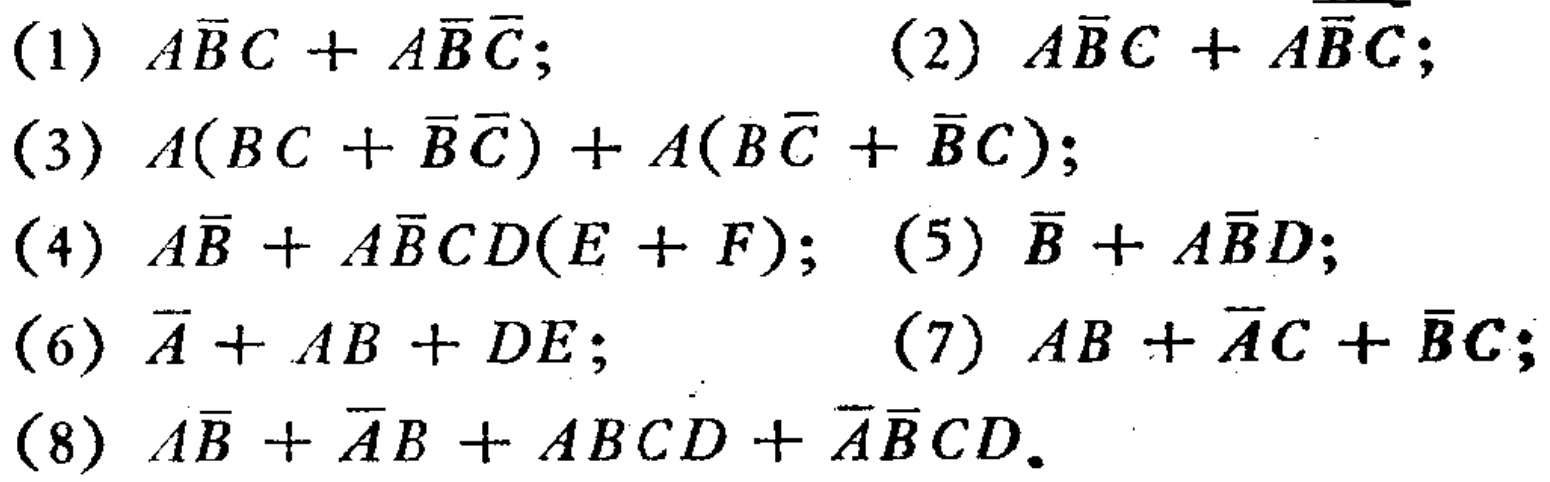
(1) \(A\overline{B}C + A\overline{B}\overline{C}\);

(2) \(A\overline{B}C + A\overline{B}\overline{C}\);

(3) \(A(BC + \overline{B}\overline{C})+A(B\overline{C}+\overline{B}C)\);

(4) \(A\overline{B}+A\overline{B}CD(E + F)\);

(5) \(\overline{B}+A\overline{B}D\);

(6) \(\overline{A}+AB + DE\);

(7) \(AB+\overline{A}C+\overline{B}C\);

(8) \(A\overline{B}+\overline{A}B+ABCD+\overline{A}\overline{B}CD\).